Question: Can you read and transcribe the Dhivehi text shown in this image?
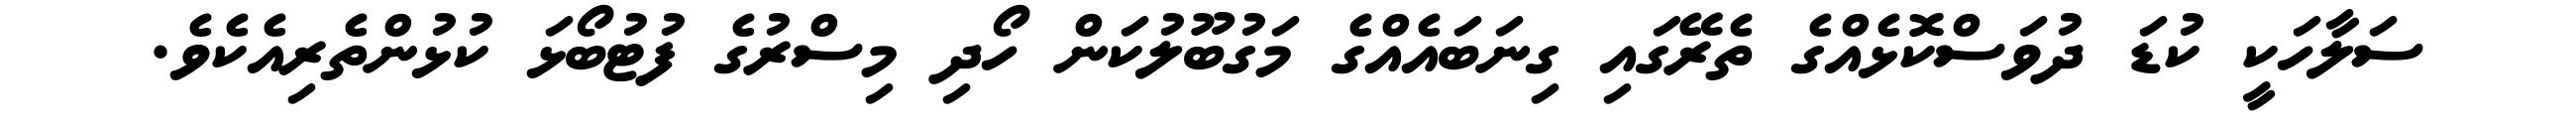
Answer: ސަލާހަކީ ކުޑަ ދުވަސްކޮޅެއްގެ ތެރޭގައި ގިނަބައެއްގެ މަގުބޫލުކަން ހޯދި މިސްރުގެ ފުޓުބޯޅަ ކުޅުންތެރިއެކެވެ.